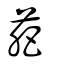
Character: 萉